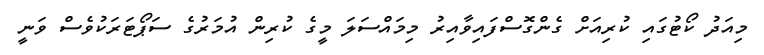
މިއަދު ކޯޓުގައި ކުރިއަށް ގެންގޮސްފައިވާއިރު މިމައްސަލަ މީގެ ކުރިން އުމަރުގެ ސަޕޯޓަރަކުވެސް ވަނީ